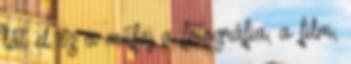
lát el ez a műfaj a fotográfia, a film,